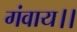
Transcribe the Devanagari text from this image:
गंवाय।।